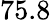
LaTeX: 75.8